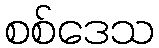
စစ်ဒေသ